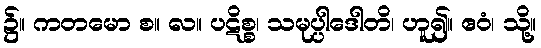
၌။ ကတမော စ။ လ။ ပဋိစ္စ၊ သမုပ္ပါဒေါတိ၊ ဟူ၍။ ဧဝံ၊ သို့။